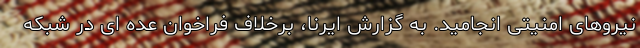
نیروهای امنیتی انجامید. به گزارش ایرنا، برخلاف فراخوان عده ای در شبکه